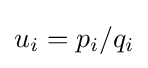
u_{i}=p_{i}/q_{i}